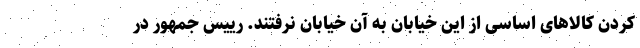
کردن کالاهای اساسی از این خیابان به آن خیابان نرفتند. رییس جمهور در